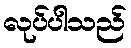
လုပ်ပါသည်